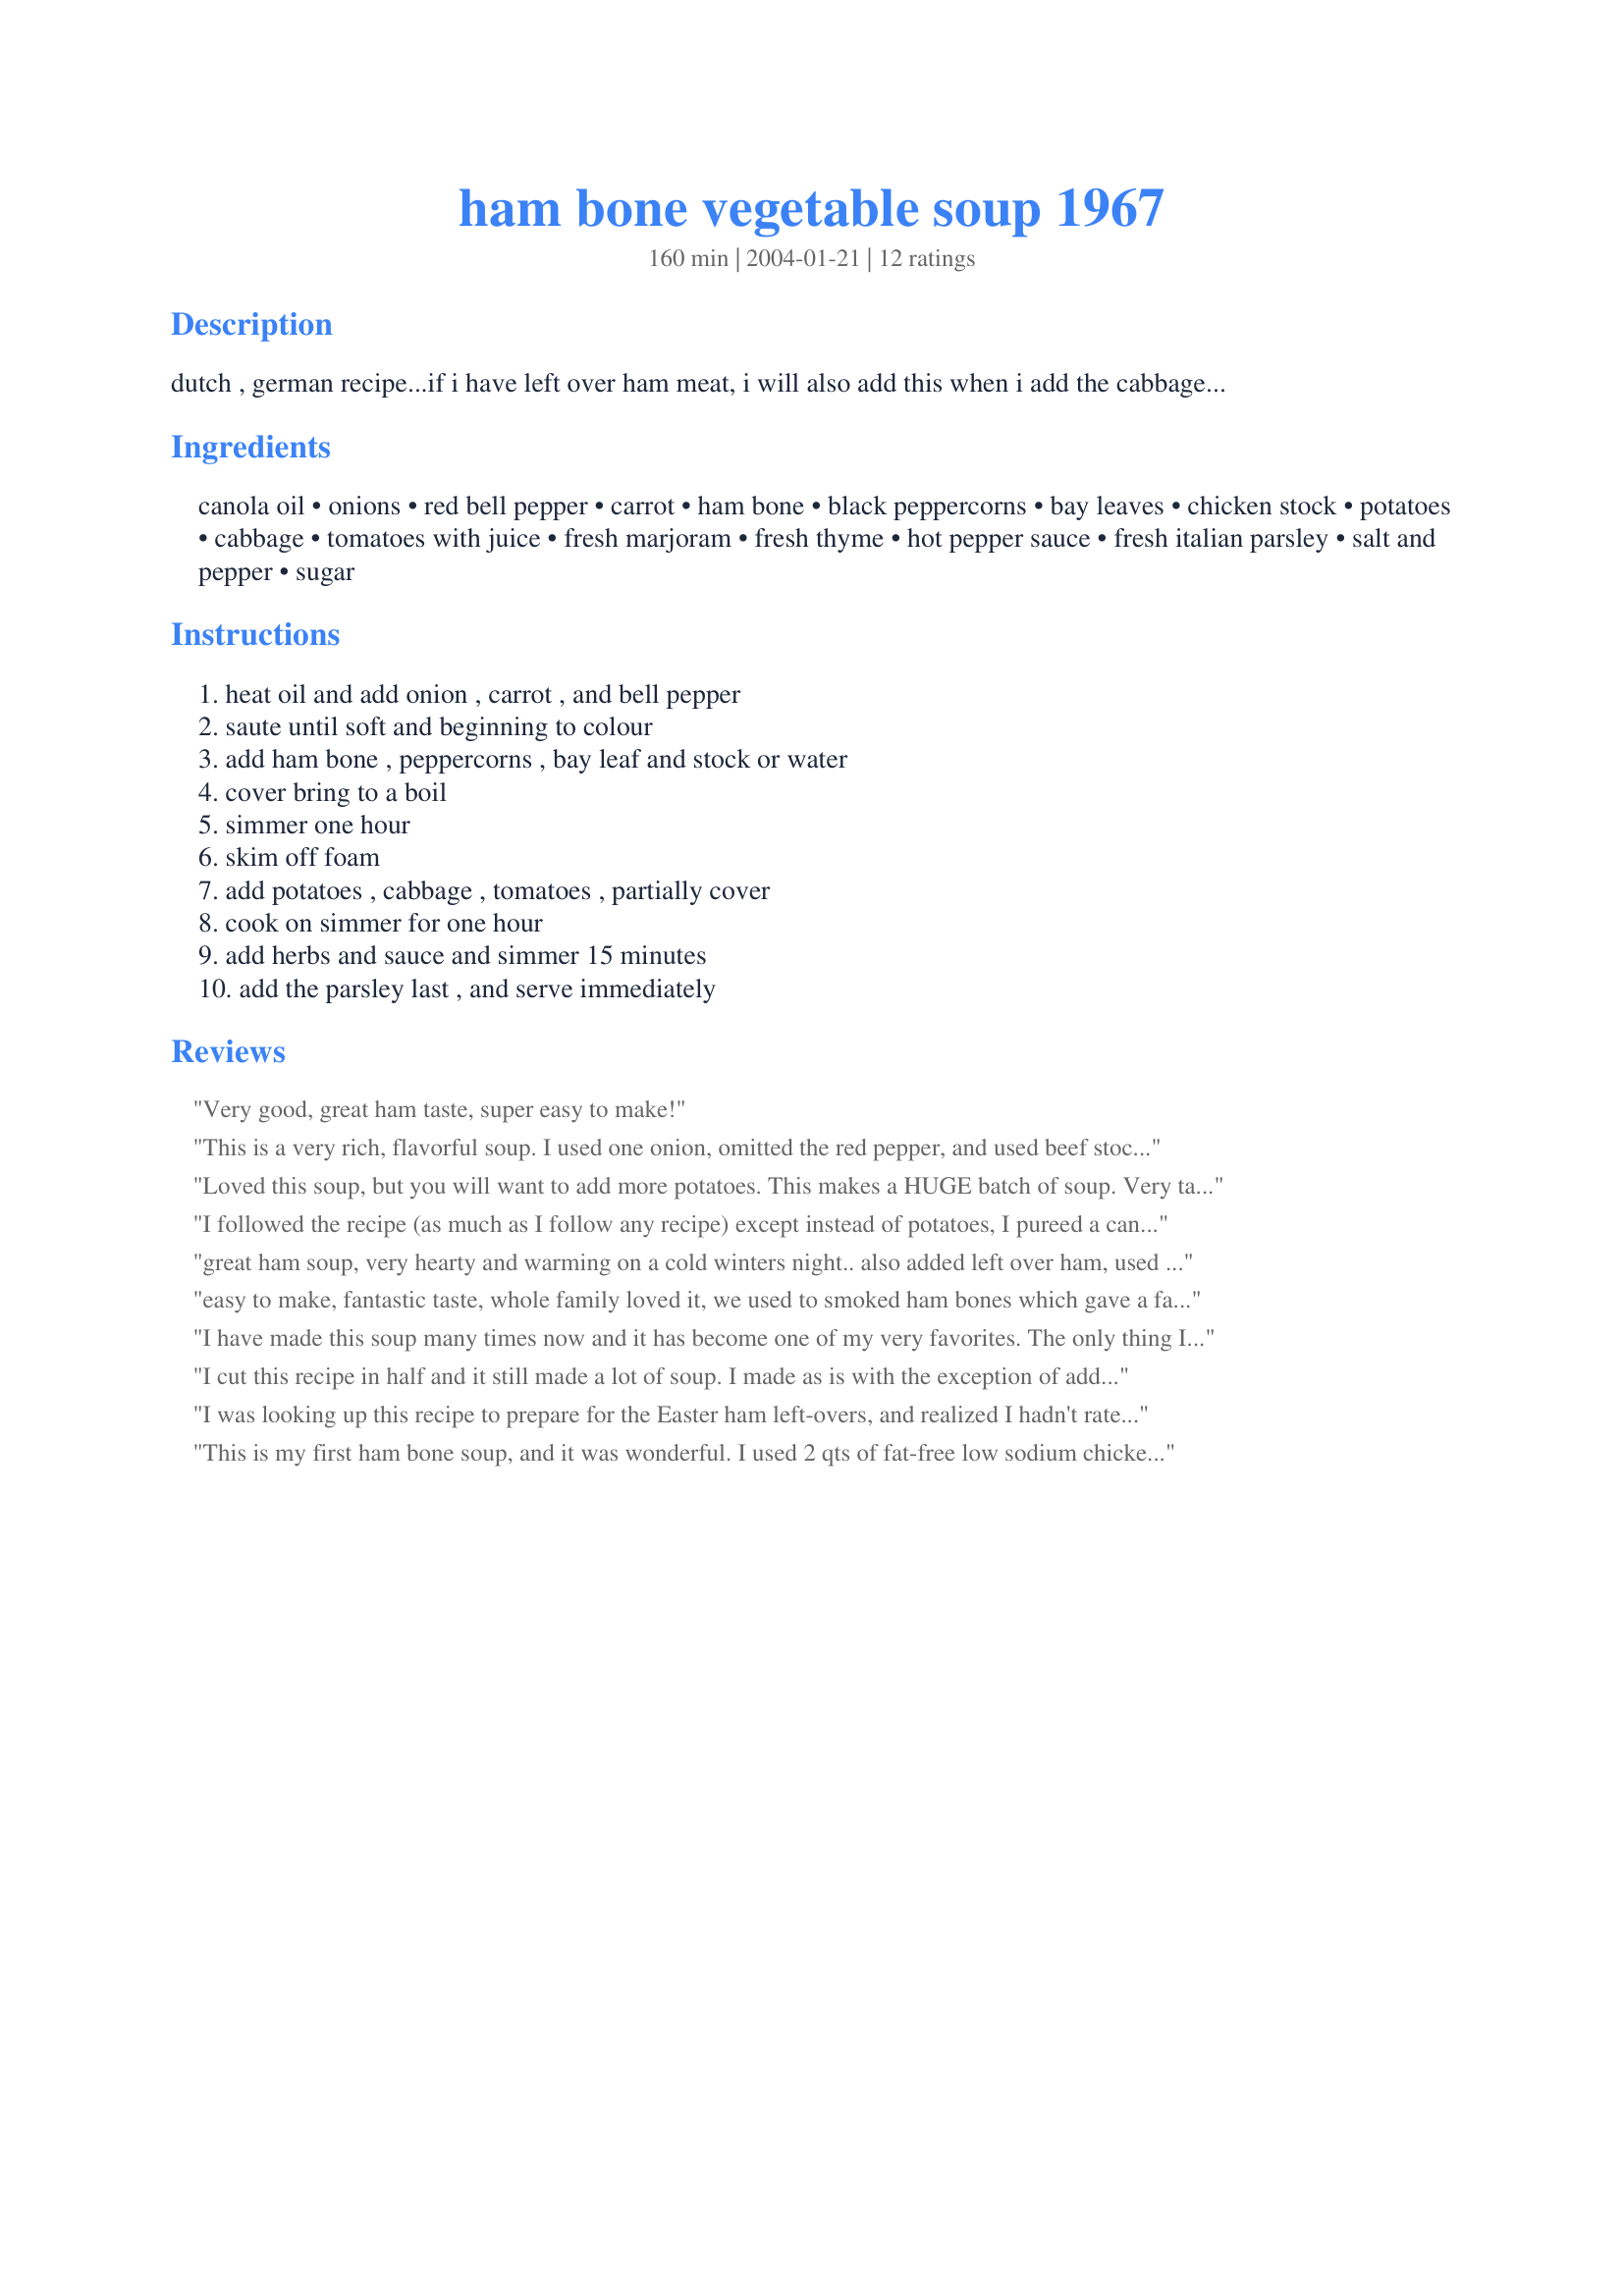
ham bone vegetable soup 1967
Preparation time: 160 minutes

dutch , german recipe...if i have left over ham meat, i will also add this when i add the cabbage...

Ingredients:
canola oil, onions, red bell pepper, carrot, ham bone, black peppercorns, bay leaves, chicken stock, potatoes, cabbage, tomatoes with juice, fresh marjoram, fresh thyme, hot pepper sauce, fresh italian parsley, salt and pepper, sugar

Steps:
heat oil and add onion , carrot , and bell pepper, saute until soft and beginning to colour, add ham bone , peppercorns , bay leaf and stock or water, cover bring to a boil, simmer one hour, skim off foam, add potatoes , cabbage , tomatoes , partially cover, cook on simmer for one hour, add herbs and sauce and simmer 15 minutes, add the parsley last , and serve immediately

Reviews:
Very good, great ham taste, super easy to make!
This is a very rich, flavorful soup. I used one onion, omitted the red pepper, and used beef stock instead of chicken. I also pureed my tomatoes. I added a scant tablespoon of salt ( I used a good deal of beef stock and it was very low in salt!), and did not use the sugar. Excellent!!
Loved this soup, but you will want to add more potatoes. This makes a HUGE batch of soup. Very tasty.
I followed the recipe (as much as I follow any recipe) except instead of potatoes, I pureed a can of Great Northern Beans with some of the broth and added a can of tomato paste. The soup is thicker and has a few less carbs, but is delicious.

Highly recommended!!
great ham soup, very hearty and warming on a cold winters night.. also added left over ham, used 2 cans of rotell tomatoes instead of the pepper sauce..served this with a pan of cornbread and the family loved it..Thanks Andy
easy to make, fantastic taste, whole family loved it, we used to smoked ham bones which gave a fantastic original flavour. If the soup is allowed to cool down overnight before adding the vegetables and the fats skimmed off before finishing the cooking it did not affect my blood sugar levels, for a diabetic important.
I have made this soup many times now and it has become one of my very favorites. The only thing I do different is add celery, green beans, fresh or frozen, cut. and fresh sliced mushrooms.(love my veggies lol) My whole family just loves it too. I want to thank you for sharing this recipe and i tell everyone I know how great it is. And pass it along to them. And I'm glad I could be the first to post a photo. Would have givien it 10 stars if i could........
I cut this recipe in half and it still made a lot of soup. I made as is with the exception of adding tomato sauce along with the canned tomatoes because I like my soup to have more of a tomato base. I used seasoned salt instead of regular salt and did not use the optional sugar in the recipe. I really like this soup. It had a lot of flavor. I would probably add a little more potatoes next time. This is actually a pretty healthy soup. Too bad it is only my husband and I, even with cutting the recipe in half, we still have a lot of soup left. I think I will try freezing some. Thanks for sharing your recipe with us.
I was looking up this recipe to prepare for the Easter ham left-overs, and realized I hadn't rated it from the Christmas ham left-overs! I love soups, but despise cream-based soups, so this was the perfect find. I used noodles instead of potatoes, and red cabbage instead of regular. This is an awesome soup and it makes a ton!
This is my first ham bone soup, and it was wonderful. I used 2 qts of fat-free low sodium chicken broth plus 1 qt of water, and skipped peppercorns, and the soup turns out extremely tasty and hearty. Everyone had seconds and/or thirds.
This soup has a great flavor and lots of veggies. I made these changes: used 2 quarts of water (it turns out my "big" soup pot isn't so big!), 4 chicken bouillon cubes, green bell pepper instead of red, and omitted the cabbage and parsley. The best part: my husband who doesn't eat vegetables had second helpings, although he did have to pick around the "green things" (bell peppers) and "grass" (oregano and thyme)!
I never thought of ham and vegetable together for soup till I saw your recipe. Changed a few items to fit our preferences. A delicious change from the bean soup variations that usually make from leftover ham bone. Thanks!
